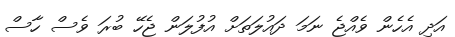
އަދި އެހެން ވެއްޖެ ނަމަ ދައުލަތަށް އުފުލަން ޖެހޭ ބުރަ ވެސް ހާސް